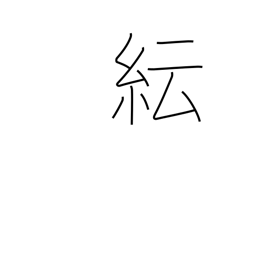
Meaning: confusion